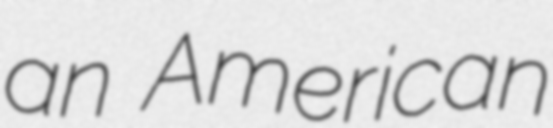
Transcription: an American